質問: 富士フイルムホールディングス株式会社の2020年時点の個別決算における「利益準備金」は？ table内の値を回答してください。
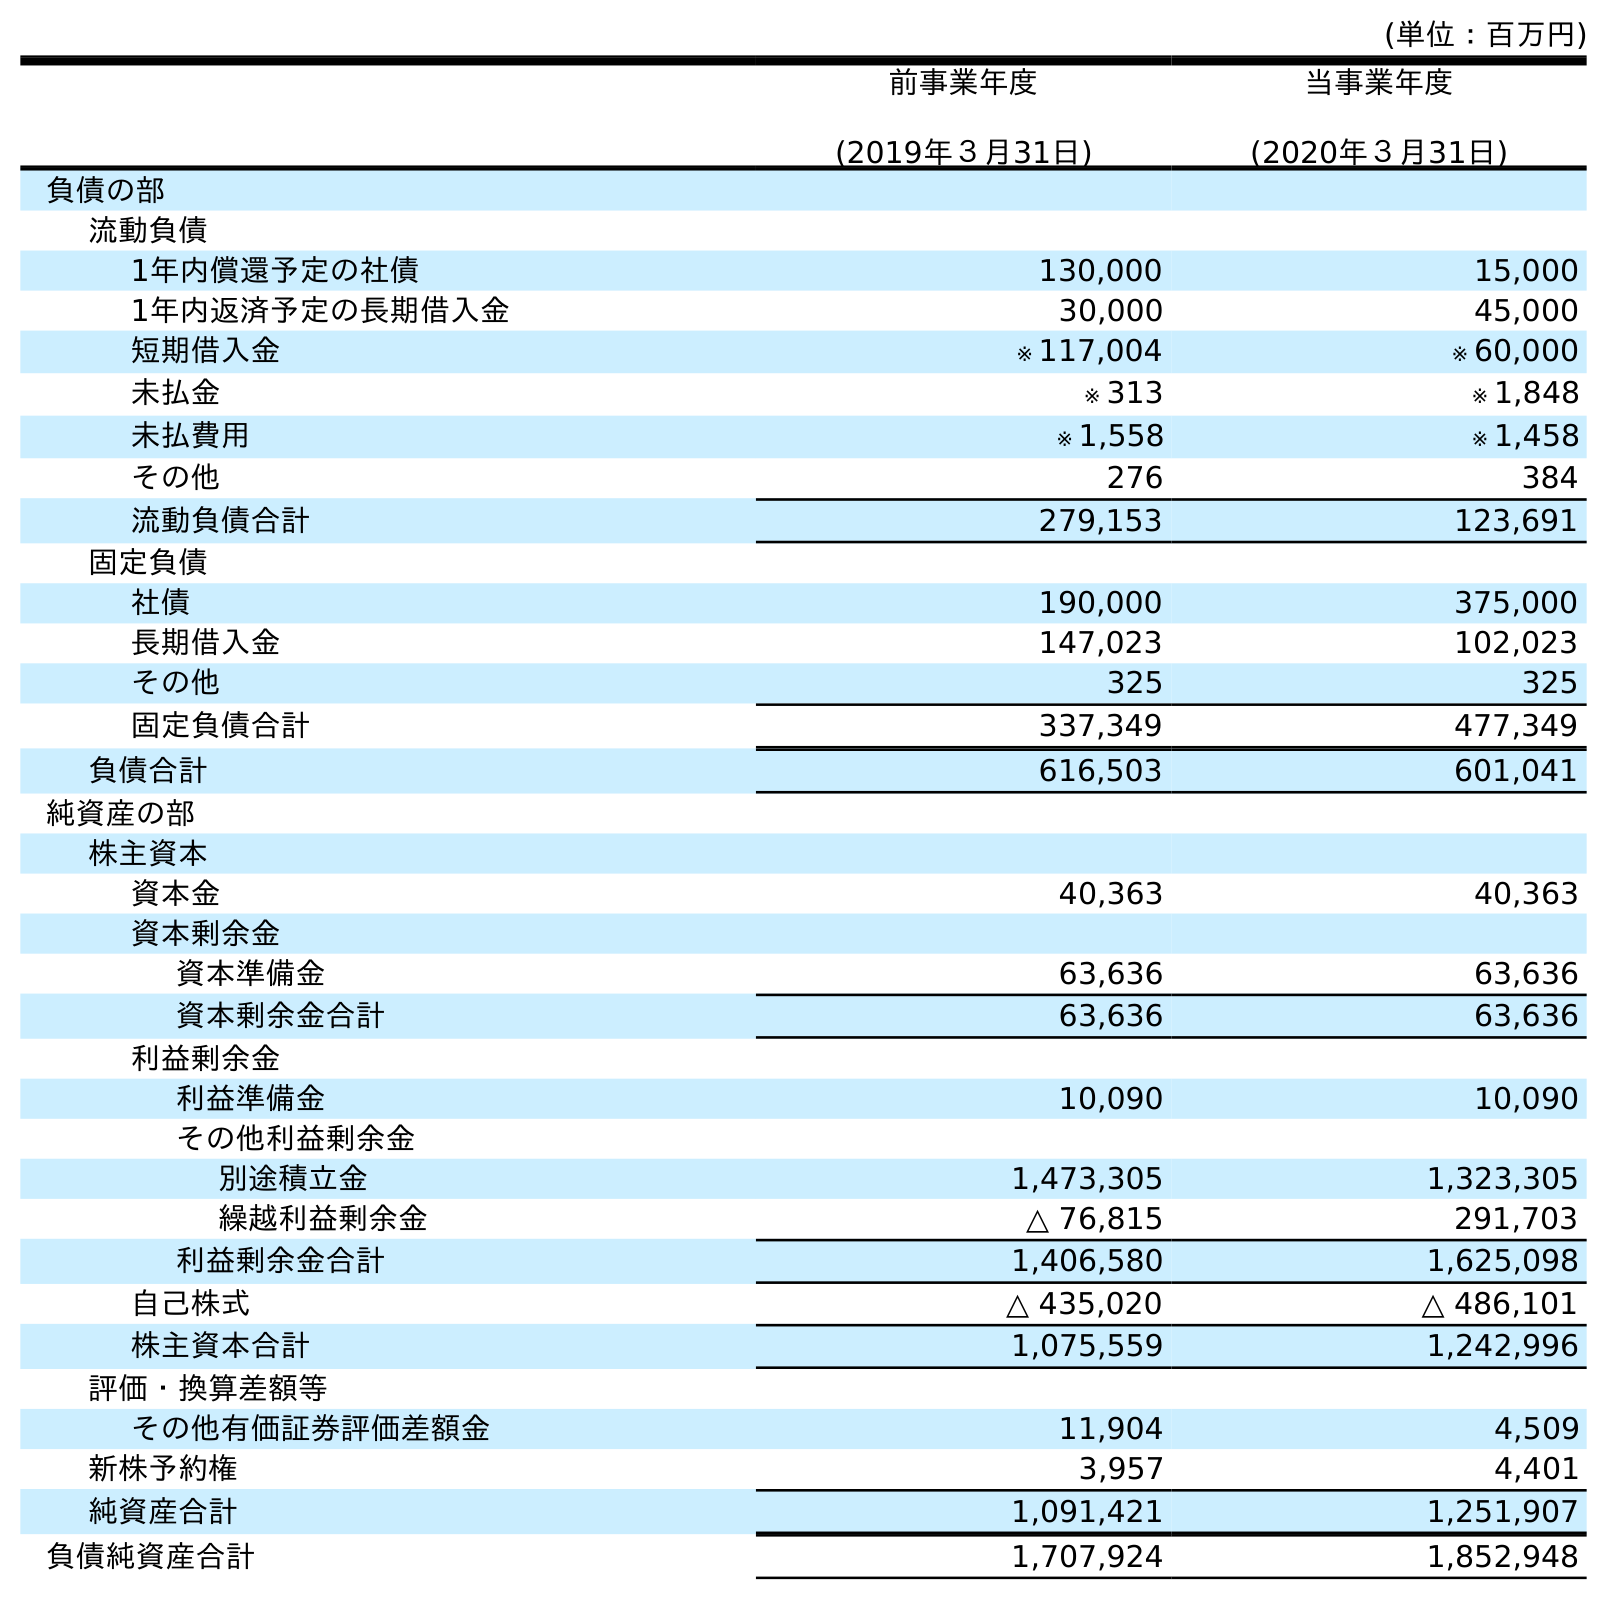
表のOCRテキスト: (単位：百万円) 前事業年度 (2019年３月31日) 当事業年度 (2020年３月31日) 負債の部 流動負債 1年内償還予定の社債 130,000 15,000 1年内返済予定の長期借入金 30,000 45,000 短期借入金 ※ 117,004 ※ 60,000 未払金 ※ 313 ※ 1,848 未払費用 ※ 1,558 ※ 1,458 その他 276 384 流動負債合計 279,153 123,691 固定負債 社債 190,000 375,000 長期借入金 147,023 102,023 その他 325 325 固定負債合計 337,349 477,349 負債合計 616,503 601,041 純資産の部 株主資本 資本金 40,363 40,363 資本剰余金 資本準備金 63,636 63,636 資本剰余金合計 63,636 63,636 利益剰余金 利益準備金 10,090 10,090 その他利益剰余金 別途積立金 1,473,305 1,323,305 繰越利益剰余金 △ 76,815 291,703 利益剰余金合計 1,406,580 1,625,098 自己株式 △ 435,020 △ 486,101 株主資本合計 1,075,559 1,242,996 評価・換算差額等 その他有価証券評価差額金 11,904 4,509 新株予約権 3,957 4,401 純資産合計 1,091,421 1,251,907 負債純資産合計 1,707,924 1,852,948
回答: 10,090